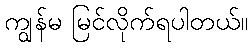
ကျွန်မ မြင်လိုက်ရပါတယ်။